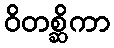
ဝိတစ္ဆိကာ